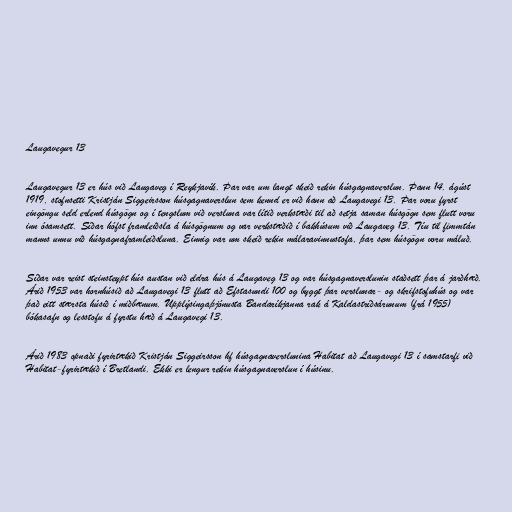
Laugavegur 13

Laugavegur 13 er hús við Laugaveg í Reykjavík. Þar var um langt skeið rekin húsgagnaverslun. Þann 14. ágúst
1919, stofnsetti Kristján Siggeirsson húsgagnaverslun sem kennd er við hann að Laugavegi 13. Þar voru fyrst
eingöngu seld erlend húsgögn og í tengslum við versluna var lítið verkstæði til að setja saman húsgögn sem flutt voru
inn ósamsett. Síðar hófst framleiðsla á húsgögnum og var verkstæðið í bakhúsum við Laugaveg 13. Tíu til fimmtán
manns unnu við húsgagnaframleiðsluna. Einnig var um skeið rekin málaravinnustofa, þar sem húsgögn voru máluð.

Síðar var reist steinsteypt hús austan við eldra hús á Laugaveg 13 og var húsgagnaverslunin staðsett þar á jarðhæð.
Árið 1953 var hornhúsið að Laugavegi 13 flutt að Efstasundi 100 og byggt þar verslunar- og skrifstofuhús og var
það eitt stærsta húsið í miðbænum. Upplýsingaþjónusta Bandaríkjanna rak á Kaldastríðsárunum (frá 1955)
bókasafn og lesstofu á fyrstu hæð á Laugavegi 13.

Árið 1983 opnaði fyrirtækið Kristján Siggeirsson hf húsgagnaverslunina Habitat að Laugavegi 13 í samstarfi við
Habitat-fyrirtækið í Bretlandi. Ekki er lengur rekin húsgagnaverslun í húsinu.